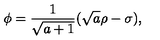
\phi = { \frac { 1 } { \sqrt { a + 1 } } } ( \sqrt { a } \rho - \sigma ) ,